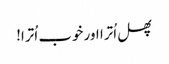
پھل اُترا اور خوب اُترا!